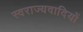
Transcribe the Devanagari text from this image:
स्वराज्यवादियों